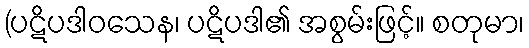
(ပဋိပဒါဝသေန၊ ပဋိပဒါ၏ အစွမ်းဖြင့်။ စတုမာ၊